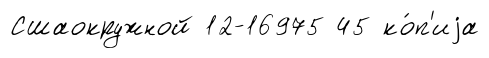
Сшаокружной 12-16975 45 ко́п'иjа